Lunatic asylums Bombay report 1891-1903 - 1891-1903
Year: 1891
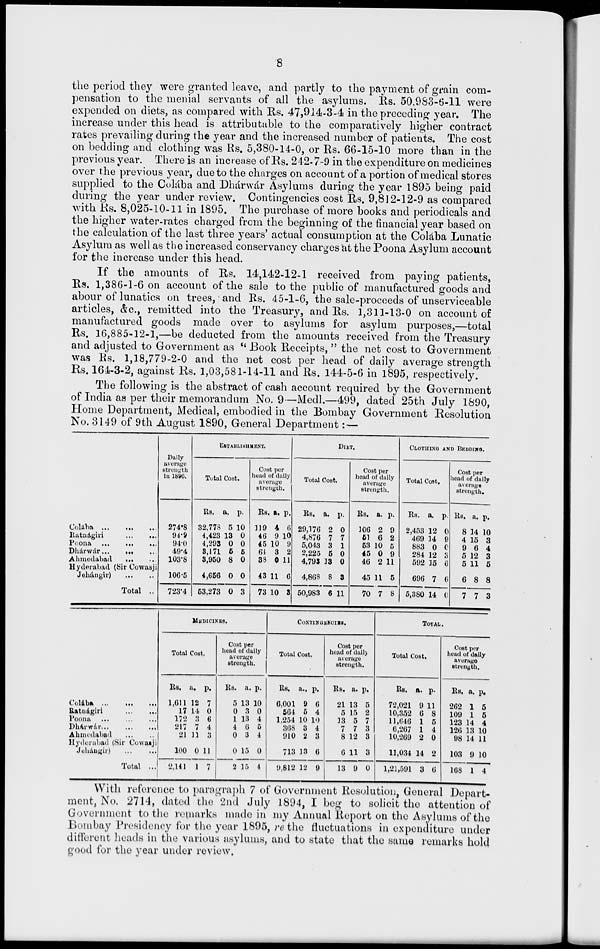
8
the period they were granted leave, and partly to the payment of grain com-
pensation to the menial servants of all the asylums. Rs. 50,983-6-11 were
expended on diets, as compared with Rs. 47,914-3-4 in the preceding year. The
increase under this head is attributable to the comparatively higher contract
rates prevailing during the year and the increased number of patients. The cost
on bedding and clothing was Rs. 5,380-14-0, or Rs. 66-15-10 more than in the
previous year. There is an increase of Rs. 242-7-9 in the expenditure on medicines
over the previous year, due to the charges on account of a portion of medical stores
supplied to the Colába and Dhárwár Asylums during the year 1895 being paid
during the year under review. Contingencies cost Rs. 9,812-12-9 as compared
with Rs. 8,025-10-11 in 1895. The purchase of more books and periodicals and
the higher water-rates charged from the beginning of the financial year based on
the calculation of the last three years' actual consumption at the Colába Lunatic
Asylum as well as the increased conservancy charges at the Poona Asylum account
for the increase under this head.
If the amounts of Rs. 14,142-12-1 received from paying patients,
Rs. 1,386-1-6 on account of the sale to the public of manufactured goods and
abour of lunatics on trees, and Rs. 45-1-6, the sale-proceeds of unserviceable
articles, &c., remitted into the Treasury, and Rs. 1,311-13-0 on account of
manufactured goods made over to asylums for asylum purposes,—total
Rs. 16,885-12-1,—be deducted from the amounts received from the Treasury
and adjusted to Government as " Book Receipts, " the net cost to Government
was Rs. 1,18,779-2-0 and the net cost per head of daily average strength
Rs. 164-3-2, against Rs. 1,03,581-14-11 and Rs. 144-5-6 in 1895, respectively.
The following is the abstract of cash account required by the Government
of India as per their memorandum No. 9—Medl.—499, dated 25th July 1890,
Home Department, Medical, embodied in the Bombay Government Resolution
No. 3149 of 9th August 1890, General Department:—
Colába
...
...
...
Ratnágiri
...
...
Poona
...
...
...
Dhárwár
...
...
...
Ahmedabad
...
...
Hyderabad (Sir Cowasji
Jehángir)
...
...
Total ...
Daily
average
strength
in 1896.
274.8
94.9
94.0
49.4
103.8
106.5
723.4
ESTABLISHMENT.
Total Cost.
Rs.
32,778
4,423
4,293
3,171
3,950
4,656
53,273
a.
5
13
0
5
8
0
0
p.
10
0
0
5
0
0
3
Cost per
head of daily
average
strength.
Rs.
119
46
45
64
38
43
73
a.
4
9
10
3
0
11
10
p.
6
10
9
2
11
6
3
DIET.
Total Cost.
Rs.
29,176
4,876
5,043
2,225
4,793
4,868
50,983
a.
2
7
3
5
13
8
6
p.
0
7
1
0
0
3
11
Cost per
head of daily
average
strength.
Rs.
106
51
53
45
46
45
70
a.
2
6
10
0
2
11
7
p.
9
2
5
9
11
5
8
CLOTHING AND BEDDING.
Total Cost.
Rs.
2,453
469
883
284
592
696
5,380
a.
12
14
0
12
15
7
14
p.
0
9
0
3
6
6
0
Cost per
head of daily
average
strength.
Rs.
8
4
9
5
5
6
7
a.
14
15
6
12
11
8
7
p.
10
3
4
3
5
8
3
Colába
...
...
...
Ratnágiri
...
...
Poona
...
...
...
Dhárwár ... ... ...
Ahmedabad
...
...
Hyderabad (Sir Cowasji
Juhángir)
...
...
Total ...
MEDICINES.
Total Cost.
Rs.
1,611
17
172
217
21
100
2,141
a.
12
14
3
7
11
0
1
p.
7
0
6
4
3
11
7
Cost per
head of daily
average
strength.
Rs.
5
0
1
4
0
0
2
a.
13
3
13
6
3
15
15
p.
10
0
4
5
4
0
4
CONTINGENCIES.
Total Cost.
Rs.
6,001
564
1,254
368
910
713
9,812
a.
9
5
10
3
2
13
12
p.
6
4
10
4
3
6
9
Cost per
head of daily
average
strength.
Rs.
21
5
13
7
8
6
13
a.
13
15
5
7
12
11
9
p.
5
2
7
3
3
3
0
TOTAL.
Total Cost.
Rs.
72,021
10,352
11,646
6,267
10,269
11,034
1,21,591
a.
9
6
1
1
2
14
3
p.
11
8
5
4
0
2
6
Cost per
head of daily
average
strength.
Rs.
262
109
123
126
98
103
168
a.
1
1
14
13
14
9
1
p.
5
5
4
10
11
10
4
With reference to paragraph 7 of Government Resolution, General Depart-
ment, No. 2714, dated the 2nd July 1894, I beg to solicit the attention of
Government to the remarks made in my Annual Report on the Asylums of the
Bombay Presidency for the year 1895, re the fluctuations in expenditure under
different heads in the various asylums, and to state that the same remarks hold
good for the year under review.